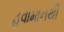
હવામાનથી